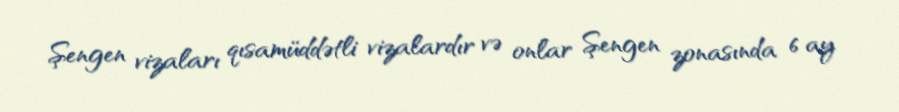
Şengen vizaları qısamüddətli vizalardır və onlar Şengen zonasında 6 ay